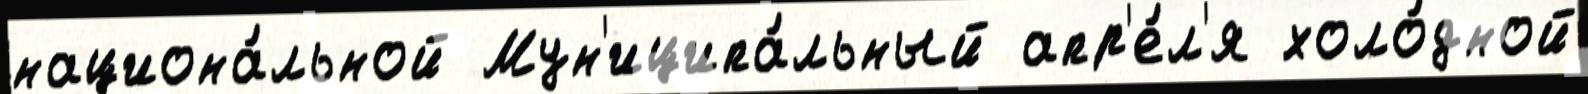
национа́льной Мун'иципа́льный апр'е́л'я холо́дной